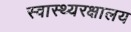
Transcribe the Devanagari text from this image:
स्वास्थ्यरक्षालय